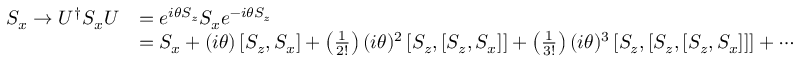
{ \begin{array} { r l } { S _ { x } \rightarrow U ^ { \dagger } S _ { x } U } & { = e ^ { i \theta S _ { z } } S _ { x } e ^ { - i \theta S _ { z } } } \\ & { = S _ { x } + ( i \theta ) \left[ S _ { z } , S _ { x } \right] + \left( { \frac { 1 } { 2 ! } } \right) ( i \theta ) ^ { 2 } \left[ S _ { z } , \left[ S _ { z } , S _ { x } \right] \right] + \left( { \frac { 1 } { 3 ! } } \right) ( i \theta ) ^ { 3 } \left[ S _ { z } , \left[ S _ { z } , \left[ S _ { z } , S _ { x } \right] \right] \right] + \cdots } \end{array} }